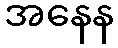
အနေန